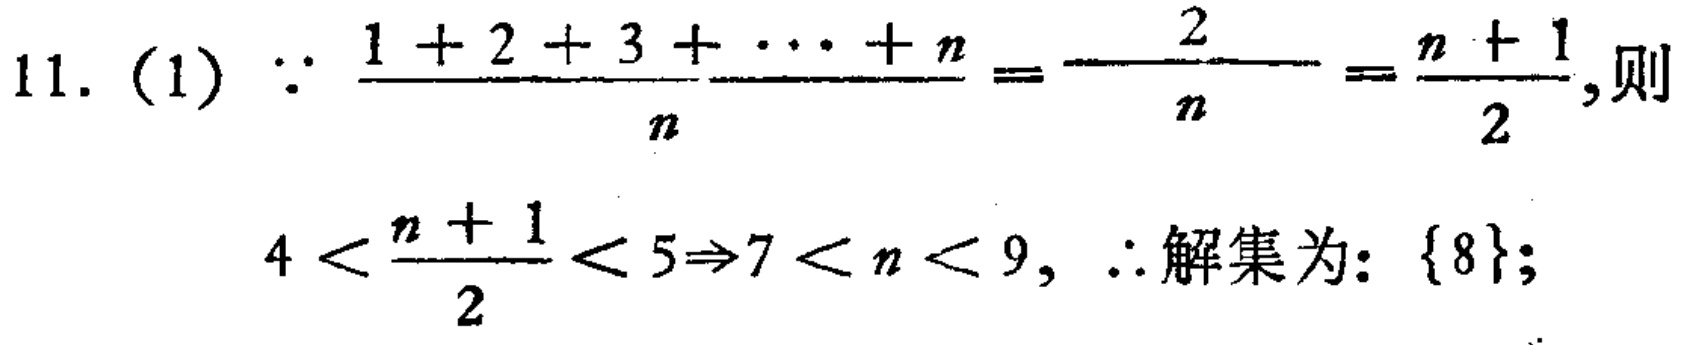
11. (1) $\because \frac{1 + 2 + 3 + \cdots + n}{n}=\frac{\frac{n(n + 1)}{2}}{n}=\frac{n + 1}{2}$, 则
$4 < \frac{n + 1}{2} < 5\Rightarrow7 < n < 9$, $\therefore$ 解集为: $\{8\}$;